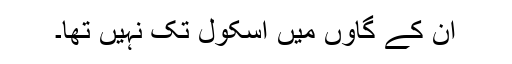
ان کے گاؤں میں اسکول تک نہیں تھا۔